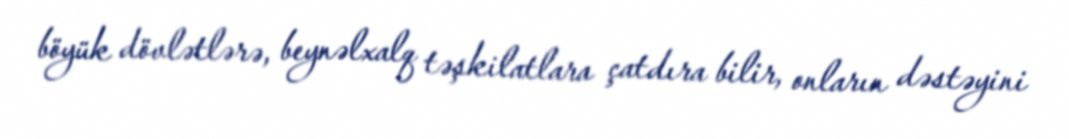
böyük dövlətlərə, beynəlxalq təşkilatlara çatdıra bilir, onların dəstəyini